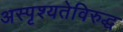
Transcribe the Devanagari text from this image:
अस्पृश्यतेविरुद्ध